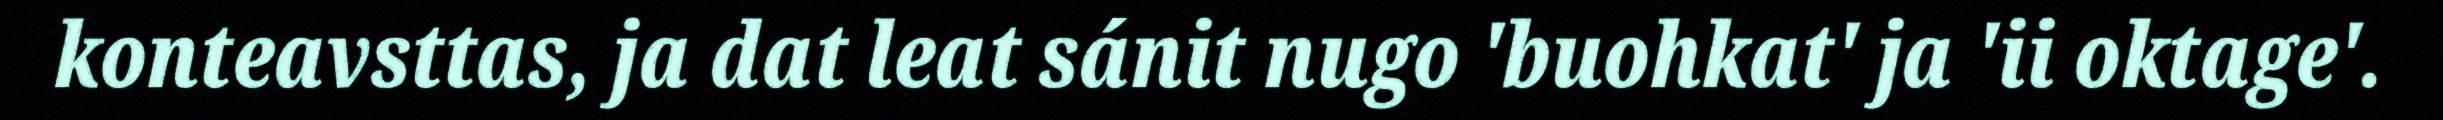
konteavsttas, ja dat leat sánit nugo 'buohkat' ja 'ii oktage'.